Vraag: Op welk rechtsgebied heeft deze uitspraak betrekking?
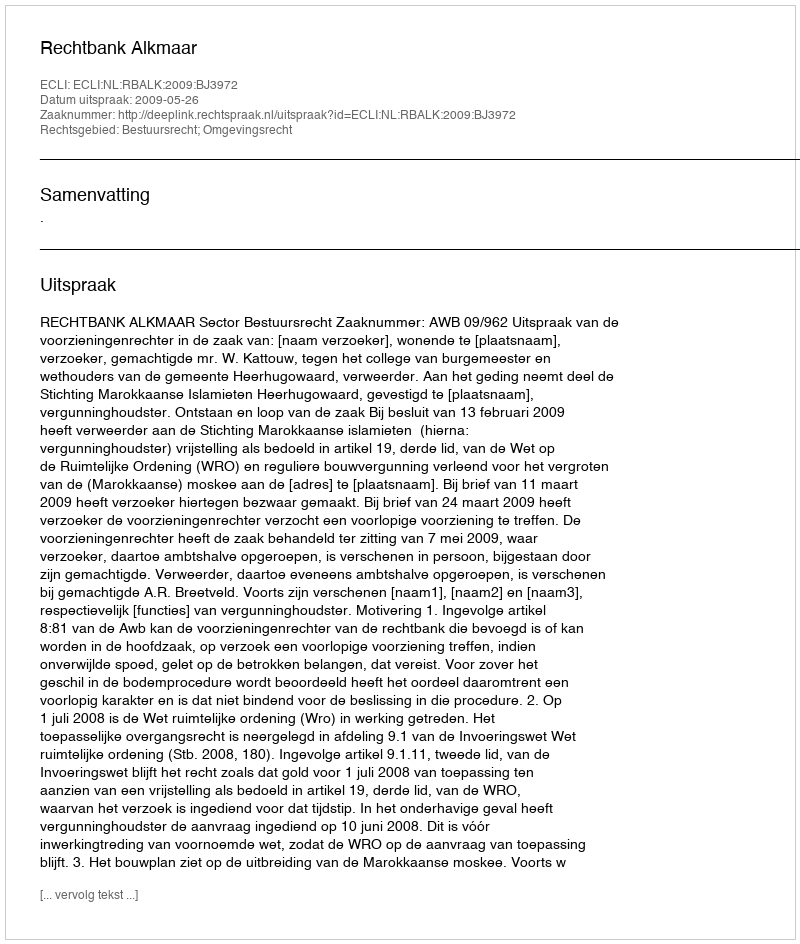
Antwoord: Bestuursrecht; Omgevingsrecht